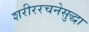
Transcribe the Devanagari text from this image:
शरीररचनेसुद्धा